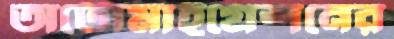
অটোমাইগ্রেশনের